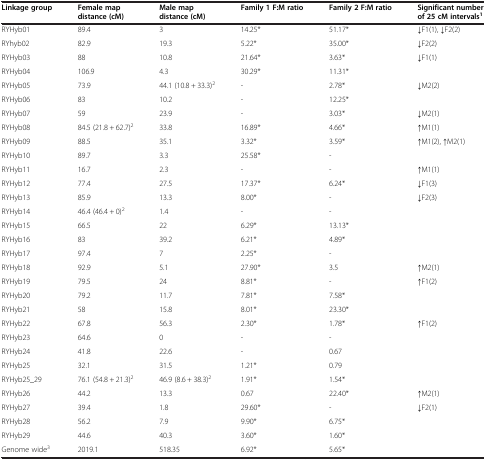
<table><thead><tr><td><b>Linkage group</b></td><td><b>Female map distance (cM)</b></td><td><b>Male map distance (cM)</b></td><td><b>Family 1 F:M ratio</b></td><td><b>Family 2 F:M ratio</b></td><td><b>Significant number of 25 cM intervals<sup>1</sup></b></td></tr></thead><tbody><tr><td>RYHyb01</td><td>89.4</td><td>3</td><td>14.25*</td><td>51.17*</td><td>↓F1(1), ↓F2(2)</td></tr><tr><td>RYhyb02</td><td>82.9</td><td>19.3</td><td>5.22*</td><td>35.00*</td><td>↓F2(2)</td></tr><tr><td>RYHyb03</td><td>88</td><td>10.8</td><td>21.64*</td><td>3.63*</td><td>↓F1(1)</td></tr><tr><td>RYHyb04</td><td>106.9</td><td>4.3</td><td>30.29*</td><td>11.31*</td><td> </td></tr><tr><td>RYHyb05</td><td>73.9</td><td>44.1 (10.8 + 33.3)<sup>2</sup></td><td>-</td><td>2.78*</td><td>↓M2(2)</td></tr><tr><td>RYHyb06</td><td>83</td><td>10.2</td><td>-</td><td>12.25*</td><td> </td></tr><tr><td>RYHyb07</td><td>59</td><td>23.9</td><td>-</td><td>3.03*</td><td>↓M2(1)</td></tr><tr><td>RYHyb08</td><td>84.5 (21.8 + 62.7)<sup>2</sup></td><td>33.8</td><td>16.89*</td><td>4.66*</td><td>↑M1(1)</td></tr><tr><td>RYHyb09</td><td>88.5</td><td>35.1</td><td>3.32*</td><td>3.59*</td><td>↑M1(2), ↑M2(1)</td></tr><tr><td>RYHyb10</td><td>89.7</td><td>3.3</td><td>25.58*</td><td>-</td><td> </td></tr><tr><td>RYHyb11</td><td>16.7</td><td>2.3</td><td>-</td><td>-</td><td>↑M1(1)</td></tr><tr><td>RYHyb12</td><td>77.4</td><td>27.5</td><td>17.37*</td><td>6.24*</td><td>↓F1(3)</td></tr><tr><td>RYHyb13</td><td>85.9</td><td>13.3</td><td>8.00*</td><td>-</td><td>↓F2(3)</td></tr><tr><td>RYHyb14</td><td>46.4 (46.4 + 0)<sup>2</sup></td><td>1.4</td><td>-</td><td>-</td><td> </td></tr><tr><td>RYHyb15</td><td>66.5</td><td>22</td><td>6.29*</td><td>13.13*</td><td> </td></tr><tr><td>RYHyb16</td><td>83</td><td>39.2</td><td>6.21*</td><td>4.89*</td><td> </td></tr><tr><td>RYHyb17</td><td>97.4</td><td>7</td><td>2.25*</td><td>-</td><td> </td></tr><tr><td>RYHyb18</td><td>92.9</td><td>5.1</td><td>27.90*</td><td>3.5</td><td>↑M2(1)</td></tr><tr><td>RYHyb19</td><td>79.5</td><td>24</td><td>8.81*</td><td>-</td><td>↑F1(2)</td></tr><tr><td>RYHyb20</td><td>79.2</td><td>11.7</td><td>7.81*</td><td>7.58*</td><td> </td></tr><tr><td>RYHyb21</td><td>58</td><td>15.8</td><td>8.01*</td><td>23.30*</td><td> </td></tr><tr><td>RYHyb22</td><td>67.8</td><td>56.3</td><td>2.30*</td><td>1.78*</td><td>↑F1(2)</td></tr><tr><td>RYHyb23</td><td>64.6</td><td>0</td><td>-</td><td>-</td><td> </td></tr><tr><td>RYHyb24</td><td>41.8</td><td>22.6</td><td>-</td><td>0.67</td><td> </td></tr><tr><td>RYHyb25</td><td>32.1</td><td>31.5</td><td>1.21*</td><td>0.79</td><td> </td></tr><tr><td>RYHyb25_29</td><td>76.1 (54.8 + 21.3)<sup>2</sup></td><td>46.9 (8.6 + 38.3)<sup>2</sup></td><td>1.91*</td><td>1.54*</td><td> </td></tr><tr><td>RYHyb26</td><td>44.2</td><td>13.3</td><td>0.67</td><td>22.40*</td><td>↑M2(1)</td></tr><tr><td>RYHyb27</td><td>39.4</td><td>1.8</td><td>29.60*</td><td>-</td><td>↓F2(1)</td></tr><tr><td>RYHyb28</td><td>56.2</td><td>7.9</td><td>9.90*</td><td>6.75*</td><td> </td></tr><tr><td>RYHyb29</td><td>44.6</td><td>40.3</td><td>3.60*</td><td>1.60*</td><td> </td></tr><tr><td>Genome wide<sup>3</sup></td><td>2019.1</td><td>518.35</td><td>6.92*</td><td>5.65*</td><td> </td></tr></tbody></table>